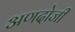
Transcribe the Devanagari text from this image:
अणदोजी